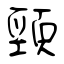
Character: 頸